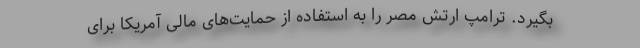
بگیرد. ترامپ ارتش مصر را به استفاده از حمایت‌های مالی آمریکا برای